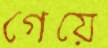
গেয়ে